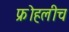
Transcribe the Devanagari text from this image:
फ्रोहलीच